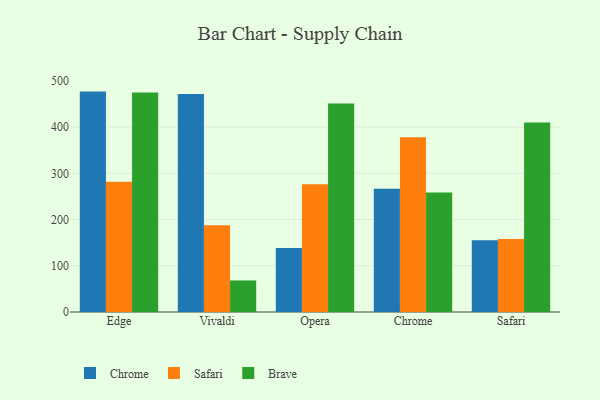
{"axis": {"x": "Browser", "y": "Market Share (%)"}, "legend": ["Brave", "Chrome", "Safari"], "data": [{"x": "Edge", "y": 476.8, "type": "Chrome"}, {"x": "Edge", "y": 281.7, "type": "Safari"}, {"x": "Edge", "y": 474.8, "type": "Brave"}, {"x": "Vivaldi", "y": 471.8, "type": "Chrome"}, {"x": "Vivaldi", "y": 187.8, "type": "Safari"}, {"x": "Vivaldi", "y": 68.2, "type": "Brave"}, {"x": "Opera", "y": 138.6, "type": "Chrome"}, {"x": "Opera", "y": 276.2, "type": "Safari"}, {"x": "Opera", "y": 450.9, "type": "Brave"}, {"x": "Chrome", "y": 266.9, "type": "Chrome"}, {"x": "Chrome", "y": 377.8, "type": "Safari"}, {"x": "Chrome", "y": 258.5, "type": "Brave"}, {"x": "Safari", "y": 155.4, "type": "Chrome"}, {"x": "Safari", "y": 158.0, "type": "Safari"}, {"x": "Safari", "y": 410.1, "type": "Brave"}]}